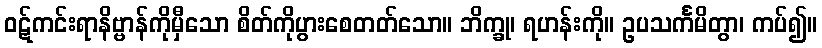
ဝဋ်ကင်းရာနိဗ္ဗာန်ကိုမှီသော စိတ်ကိုပွားစေတတ်သော။ ဘိက္ခု၊ ရဟန်းကို။ ဥပသင်္ကမိတွာ၊ ကပ်၍။